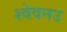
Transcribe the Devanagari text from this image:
श्वेवनउ